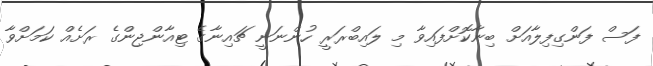
ފަސް ފަންގިފިލާއަށް ބިނާކޮށްފައިވާ މި ލައިބްރަރީ ހުންނަނީ ޗައިނާގެ ޓިއާންޖިންގެ ރަށެއް ކަމަށްވާ